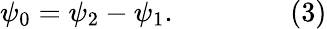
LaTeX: \psi_{0}=\psi_{2}-\psi_{1}.\qquad\qquad(3)